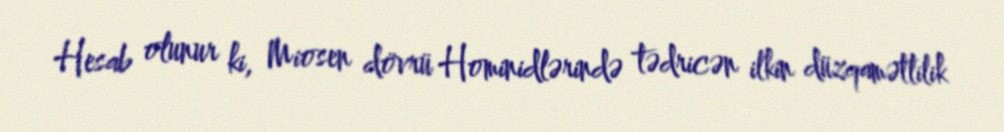
Hesab olunur ki, Miosen dövrü Hominidlərində tədricən ilkin düzqamətlilik